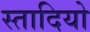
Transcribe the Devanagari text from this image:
स्तादियो